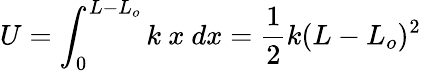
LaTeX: U=\int_{0}^{L-L_{o}}{k\ x\ dx}={\frac{1}{2}}k(L-L_{o})^{2}